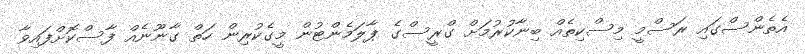
އެތެންސްގައި ރަސްމީ މިސްކިތެއް ބިނާކުރުމަށް ގްރީސްގެ ޕާލަމެންޓުން މީގެކުރިން ހަތް ގާނޫނެއް ފާސްކޮށްފައިވާ